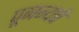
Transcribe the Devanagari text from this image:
पूजन्यचे